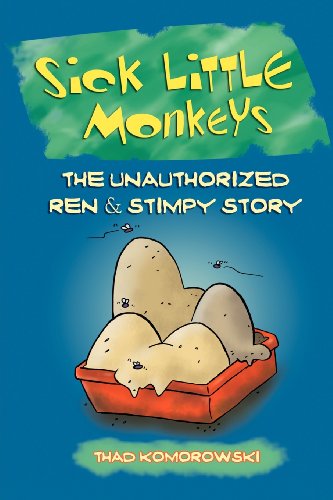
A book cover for Sick Little Monkeys: The Unauthorized Ren & Stimpy Story; Thad Komorowski; Humor & Entertainment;